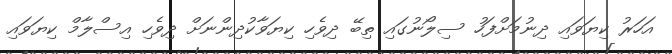
އަހަރު ކިޔަވައި ދިނުމަށްފަހު ސިލޯނުގައި ތިބޭ ދިވެހި ކިޔަވާކުދިންނަށް ދިވެހި އިސްލާމް ކިޔަވައި